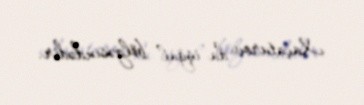
Xaçaturov da işğal bölgəsindədir.